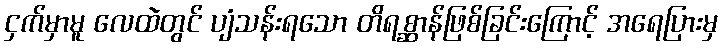
ငှက်မှာမူ လေထဲတွင် ပျံသန်းရသော တိရစ္ဆာန်ဖြစ်ခြင်းကြောင့် အရေပြားမှ